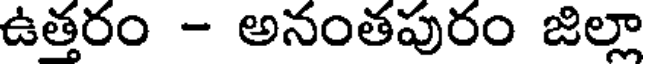
ఉత్తరం - అనంతపురం జిల్లా